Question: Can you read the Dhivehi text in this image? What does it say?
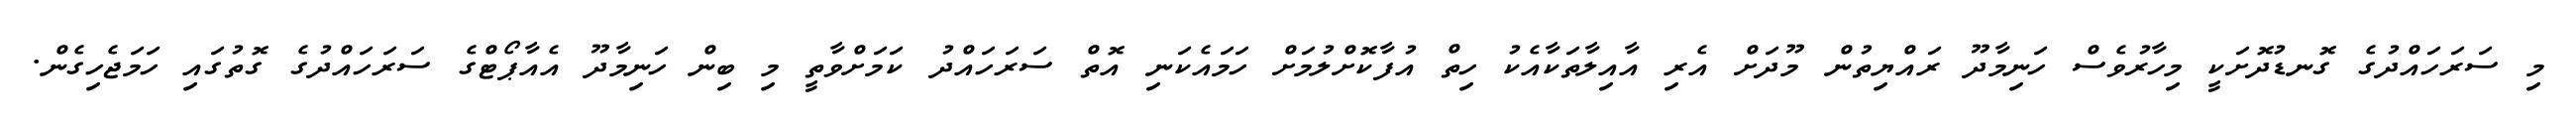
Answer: މި ސަރަހައްދުގެ ގޮނޑުދޮށަކީ މިހާރުވެސް ހަނިމާދޫ ރައްޔިތުން މޫދަށް އެރި އާއިލާތަކާއެކު ހިތް އުފާކޮށްލުމަށް ހަމައެކަނި އޮތް ސަރަހައްދު ކަމަށްވާތީ މި ބިން ހަނިމާދޫ އެއާޕޯޓްގެ ސަރަހައްދުގެ ގޮތުގައި ހަމަޖެހިގެން.